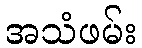
အသံဖမ်း